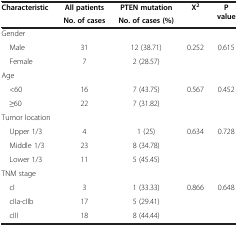
| Characteristic | All patients | PTEN mutation | X2 | P value |
 |  | No. of cases | No. of cases (%) |  |  |
 | --- | --- | --- | --- | --- |
 | Gender |  |  |  |  |
 | Male | 31 | 12 (38.71) | 0.252 | 0.615 |
 | Female | 7 | 2 (28.57) |  |  |
 | Age |  |  |  |  |
 | <60 | 16 | 7 (43.75) | 0.567 | 0.452 |
 | ≥60 | 22 | 7 (31.82) |  |  |
 | Tumor location |  |  |  |  |
 | Upper 1/3 | 4 | 1 (25) | 0.634 | 0.728 |
 | Middle 1/3 | 23 | 8 (34.78) |  |  |
 | Lower 1/3 | 11 | 5 (45.45) |  |  |
 | TNM stage |  |  |  |  |
 | cI | 3 | 1 (33.33) | 0.866 | 0.648 |
 | cIIa-cIIb | 17 | 5 (29.41) |  |  |
 | cIII | 18 | 8 (44.44) |  |  |